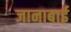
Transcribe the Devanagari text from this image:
जानाबाई